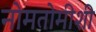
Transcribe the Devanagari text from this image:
नोमतोमीशी